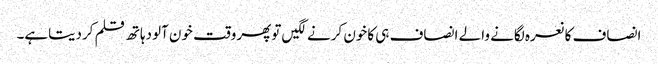
انصاف کانعرہ لگانے والے انصاف ہی کاخون کرنے لگیں توپھروقت خون آلودہاتھ قلم کردیتاہے۔